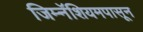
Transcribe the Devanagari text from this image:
जिम्नॅशियमपासून